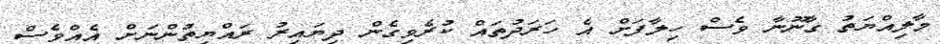
މާލިއްޔަތު ގާނޫނާ ވެސް ހިލާފަށް އެ ހަރަދުތައް ކުރެވިގެން ދިޔައިރު ރައްޔިތުންނަށް އެއްވެސް